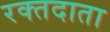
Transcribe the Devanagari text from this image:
रक्‍तदाता